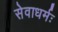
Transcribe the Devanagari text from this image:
सेवाधर्मः